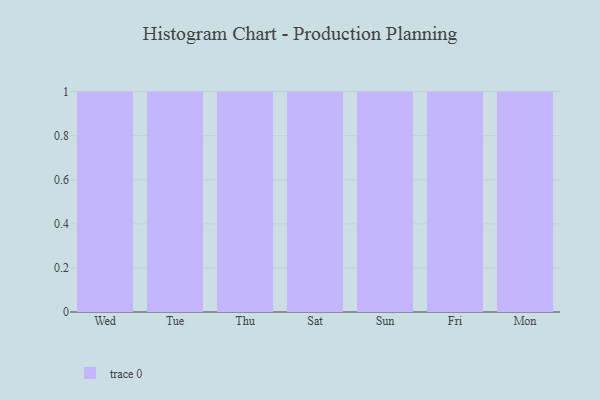
{"axis": {"x": "Day", "y": "Tickets Resolved"}, "legend": [""], "data": [{"x": "Wed", "y": 18, "type": ""}, {"x": "Tue", "y": 29, "type": ""}, {"x": "Thu", "y": 56, "type": ""}, {"x": "Sat", "y": 87, "type": ""}, {"x": "Sun", "y": 9, "type": ""}, {"x": "Fri", "y": 72, "type": ""}, {"x": "Mon", "y": 2, "type": ""}]}